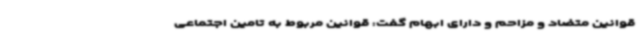
قوانین متضاد و مزاحم و دارای ابهام گفت: قوانین مربوط به تامین اجتماعی